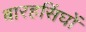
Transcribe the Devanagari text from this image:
बारहसिंघों